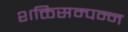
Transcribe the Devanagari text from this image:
शक्तिसम्पन्न